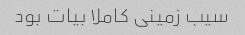
سیب زمینی کاملا بیات بود